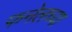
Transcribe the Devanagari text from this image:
फनेलच्या